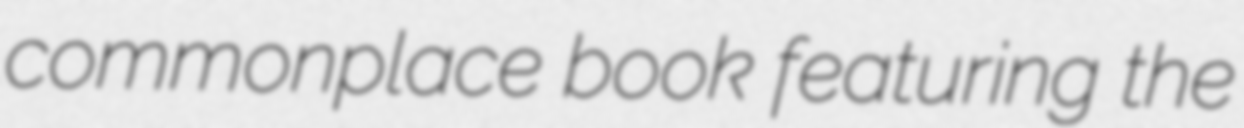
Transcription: commonplace book featuring the